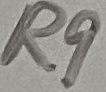
Text: R9